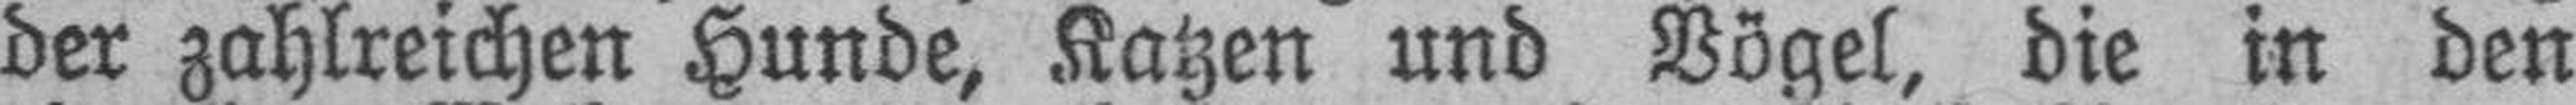
der zahlreichen Hunde, Katzen und Vögel, die in den